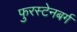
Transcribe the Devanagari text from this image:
फुरस्टेनबर्ग